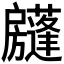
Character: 𢩣